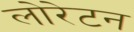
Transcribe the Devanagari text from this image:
लोरेटन